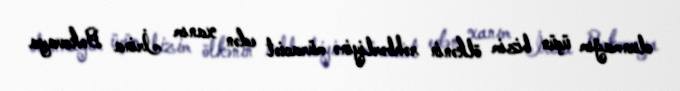
olunmağım üçün bizim ölkənin rəhbərliyinə müraciət edən xanım İrina Bokovaya